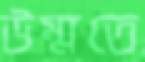
উম্মতে